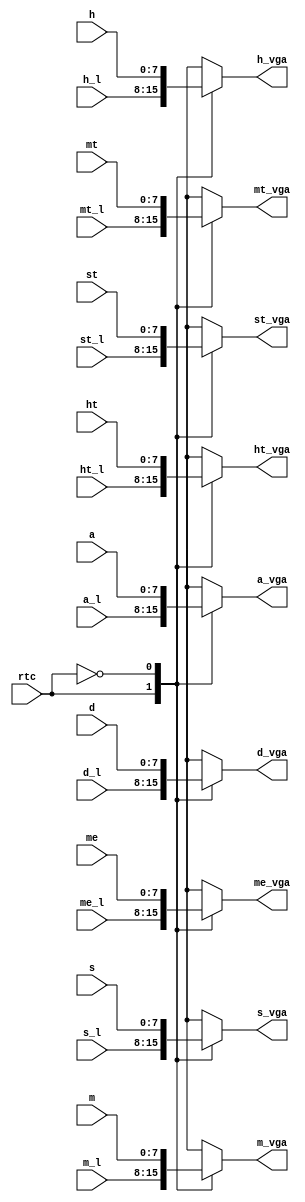
`timescale 1ns / 1ps

module Mux_parametros(
	input rtc,
	input [7:0] a,me,d,h,m,s,ht,mt,st, 													//Parametros dados por usuario
	input [7:0] a_l,me_l,d_l,h_l,m_l,s_l,ht_l,mt_l,st_l, 							//Parametros Leidos del RTC
	output reg[7:0] a_vga,me_vga,d_vga,h_vga,m_vga,s_vga,ht_vga,mt_vga,st_vga//Parametros hacia VGA
    );

always@* begin
	 a_vga=0;
	 me_vga=0;
	 d_vga=0;
	 h_vga=0;
	 m_vga=0;
	 s_vga=0;
	 ht_vga=0;
	 mt_vga=0;
	 st_vga=0;
	case(rtc)
	1'b1:begin
	 a_vga=a_l;
	 me_vga=me_l;
	 d_vga=d_l;
	 h_vga=h_l;
	 m_vga=m_l;
	 s_vga=s_l;
	 ht_vga=ht_l;
	 mt_vga=mt_l;
	 st_vga=st_l;
	 end
	1'b0: begin
	 a_vga=a;
	 me_vga=me;
	 d_vga=d;
	 h_vga=h;
	 m_vga=m;
	 s_vga=s;
	 ht_vga=ht;
	 mt_vga=mt;
	 st_vga=st;
	 end
	 endcase
end

endmodule